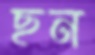
ছন